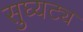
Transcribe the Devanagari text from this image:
सुघ्यट्य